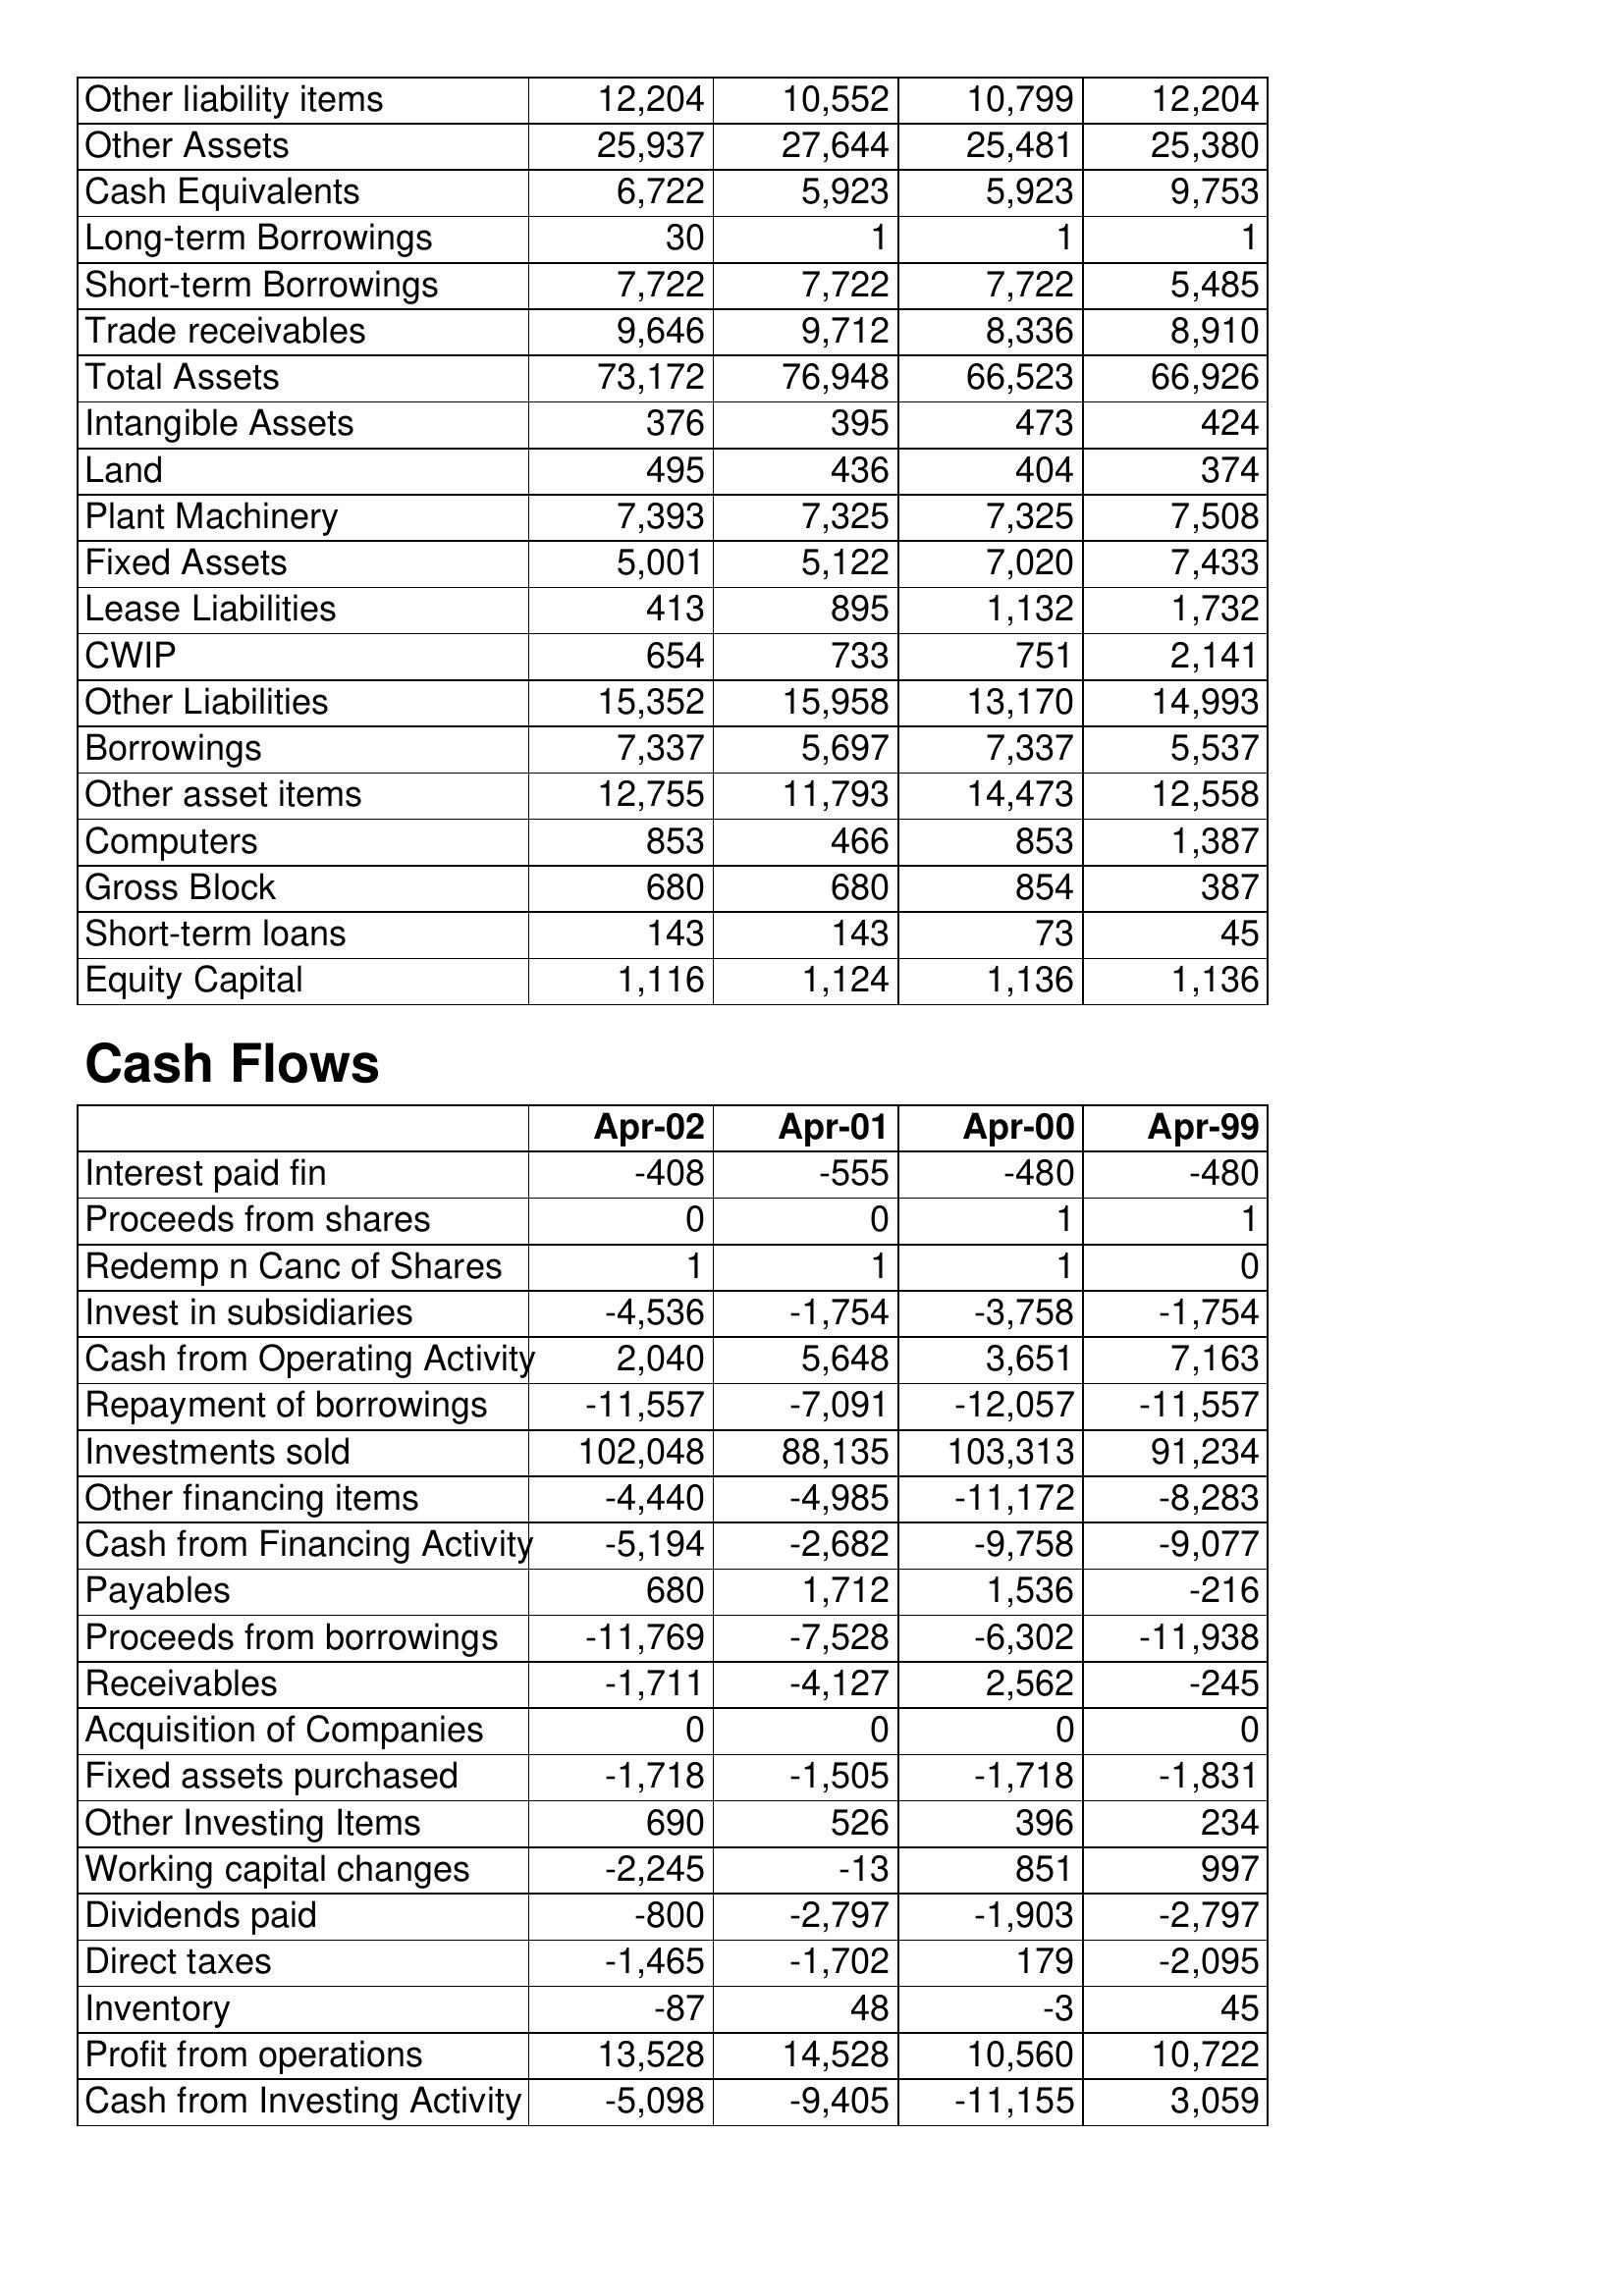
Apr-02: Balance Sheet: Other liability items: 12,204
Other Assets: 25,937
Cash Equivalents: 6,722
Long-term Borrowings: 30
Short-term Borrowings: 7,722
Trade receivables: 9,646
Total Assets: 73,172
Intangible Assets: 376
Land: 495
Plant Machinery: 7,393
Fixed Assets: 5,001
Lease Liabilities: 413
CWIP: 654
Other Liabilities: 15,352
Borrowings: 7,337
Other asset items: 12,755
Computers: 853
Gross Block: 680
Short-term loans: 143
Equity Capital: 1,116
Cash Flows: Interest paid fin: -408
Proceeds from shares: 0
Redemp n Canc of Shares: 1
Invest in subsidiaries: -4,536
Cash from Operating Activity: 2,040
Repayment of borrowings: -11,557
Investments sold: 102,048
Other financing items: -4,440
Cash from Financing Activity: -5,194
Payables: 680
Proceeds from borrowings: -11,769
Receivables: -1,711
Acquisition of Companies: 0
Fixed assets purchased: -1,718
Other Investing Items: 690
Working capital changes: -2,245
Dividends paid: -800
Direct taxes: -1,465
Inventory: -87
Profit from operations: 13,528
Cash from Investing Activity: -5,098
Apr-01: Balance Sheet: Other liability items: 10,552
Other Assets: 27,644
Cash Equivalents: 5,923
Long-term Borrowings: 1
Short-term Borrowings: 7,722
Trade receivables: 9,712
Total Assets: 76,948
Intangible Assets: 395
Land: 436
Plant Machinery: 7,325
Fixed Assets: 5,122
Lease Liabilities: 895
CWIP: 733
Other Liabilities: 15,958
Borrowings: 5,697
Other asset items: 11,793
Computers: 466
Gross Block: 680
Short-term loans: 143
Equity Capital: 1,124
Cash Flows: Interest paid fin: -555
Proceeds from shares: 0
Redemp n Canc of Shares: 1
Invest in subsidiaries: -1,754
Cash from Operating Activity: 5,648
Repayment of borrowings: -7,091
Investments sold: 88,135
Other financing items: -4,985
Cash from Financing Activity: -2,682
Payables: 1,712
Proceeds from borrowings: -7,528
Receivables: -4,127
Acquisition of Companies: 0
Fixed assets purchased: -1,505
Other Investing Items: 526
Working capital changes: -13
Dividends paid: -2,797
Direct taxes: -1,702
Inventory: 48
Profit from operations: 14,528
Cash from Investing Activity: -9,405
Apr-00: Balance Sheet: Other liability items: 10,799
Other Assets: 25,481
Cash Equivalents: 5,923
Long-term Borrowings: 1
Short-term Borrowings: 7,722
Trade receivables: 8,336
Total Assets: 66,523
Intangible Assets: 473
Land: 404
Plant Machinery: 7,325
Fixed Assets: 7,020
Lease Liabilities: 1,132
CWIP: 751
Other Liabilities: 13,170
Borrowings: 7,337
Other asset items: 14,473
Computers: 853
Gross Block: 854
Short-term loans: 73
Equity Capital: 1,136
Cash Flows: Interest paid fin: -480
Proceeds from shares: 1
Redemp n Canc of Shares: 1
Invest in subsidiaries: -3,758
Cash from Operating Activity: 3,651
Repayment of borrowings: -12,057
Investments sold: 103,313
Other financing items: -11,172
Cash from Financing Activity: -9,758
Payables: 1,536
Proceeds from borrowings: -6,302
Receivables: 2,562
Acquisition of Companies: 0
Fixed assets purchased: -1,718
Other Investing Items: 396
Working capital changes: 851
Dividends paid: -1,903
Direct taxes: 179
Inventory: -3
Profit from operations: 10,560
Cash from Investing Activity: -11,155
Apr-99: Balance Sheet: Other liability items: 12,204
Other Assets: 25,380
Cash Equivalents: 9,753
Long-term Borrowings: 1
Short-term Borrowings: 5,485
Trade receivables: 8,910
Total Assets: 66,926
Intangible Assets: 424
Land: 374
Plant Machinery: 7,508
Fixed Assets: 7,433
Lease Liabilities: 1,732
CWIP: 2,141
Other Liabilities: 14,993
Borrowings: 5,537
Other asset items: 12,558
Computers: 1,387
Gross Block: 387
Short-term loans: 45
Equity Capital: 1,136
Cash Flows: Interest paid fin: -480
Proceeds from shares: 1
Redemp n Canc of Shares: 0
Invest in subsidiaries: -1,754
Cash from Operating Activity: 7,163
Repayment of borrowings: -11,557
Investments sold: 91,234
Other financing items: -8,283
Cash from Financing Activity: -9,077
Payables: -216
Proceeds from borrowings: -11,938
Receivables: -245
Acquisition of Companies: 0
Fixed assets purchased: -1,831
Other Investing Items: 234
Working capital changes: 997
Dividends paid: -2,797
Direct taxes: -2,095
Inventory: 45
Profit from operations: 10,722
Cash from Investing Activity: 3,059